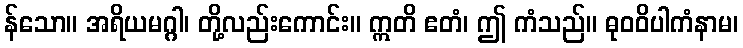
န်သော။ အရိယမဂ္ဂါ၊ တို့လည်းကောင်း။ ဣတိ ဧတံ၊ ဤ ကံသည်။ ဓုဝဝိပါကံနာမ၊